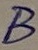
Text: B